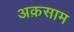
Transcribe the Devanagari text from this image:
अक़साम